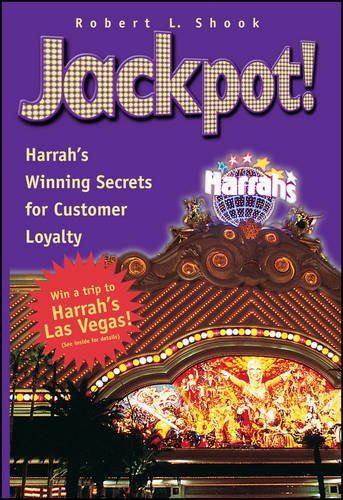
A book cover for Jackpot! Harrah's Winning Secrets for Customer Loyalty; Robert L. Shook; Travel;